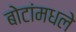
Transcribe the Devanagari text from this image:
बोटांमधले